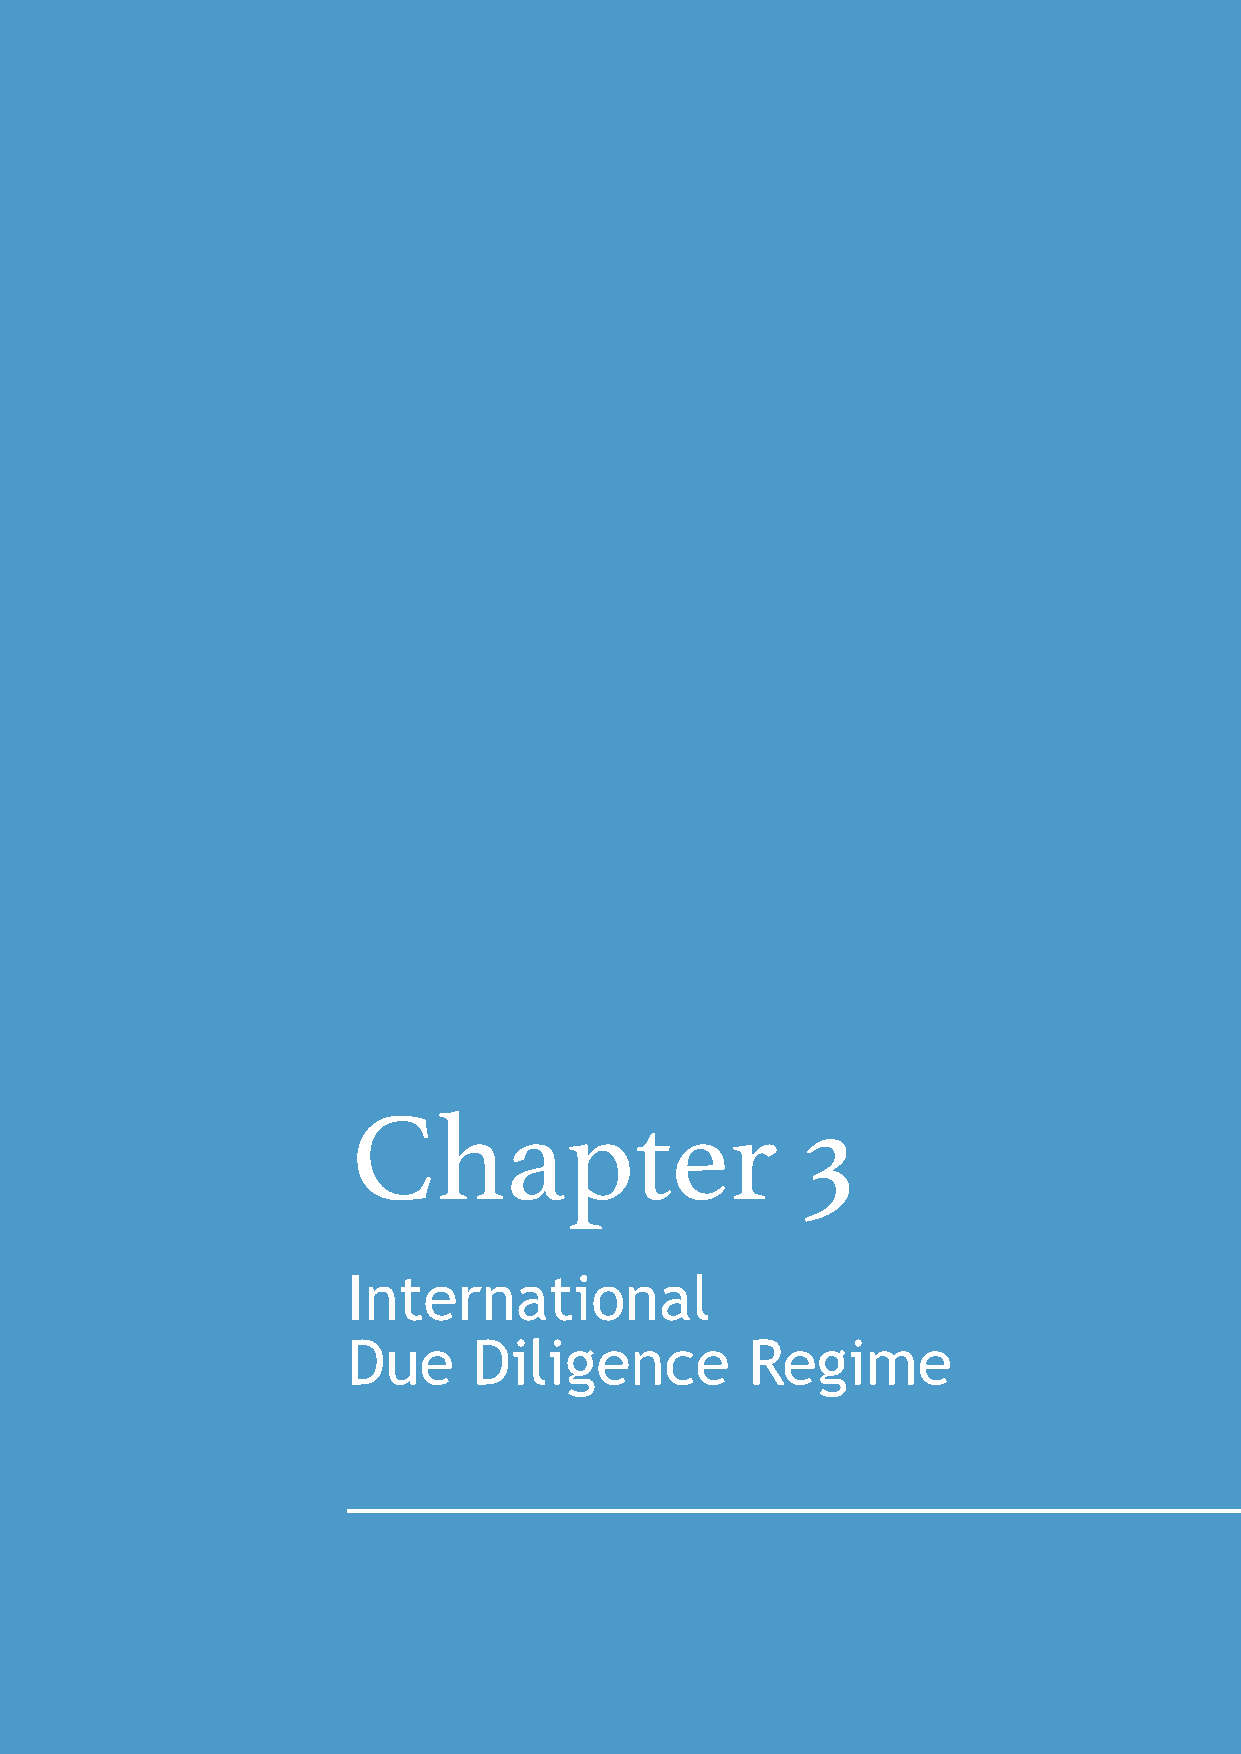
Chapter                       3
 International
 Due     Diligence          Regime
 27